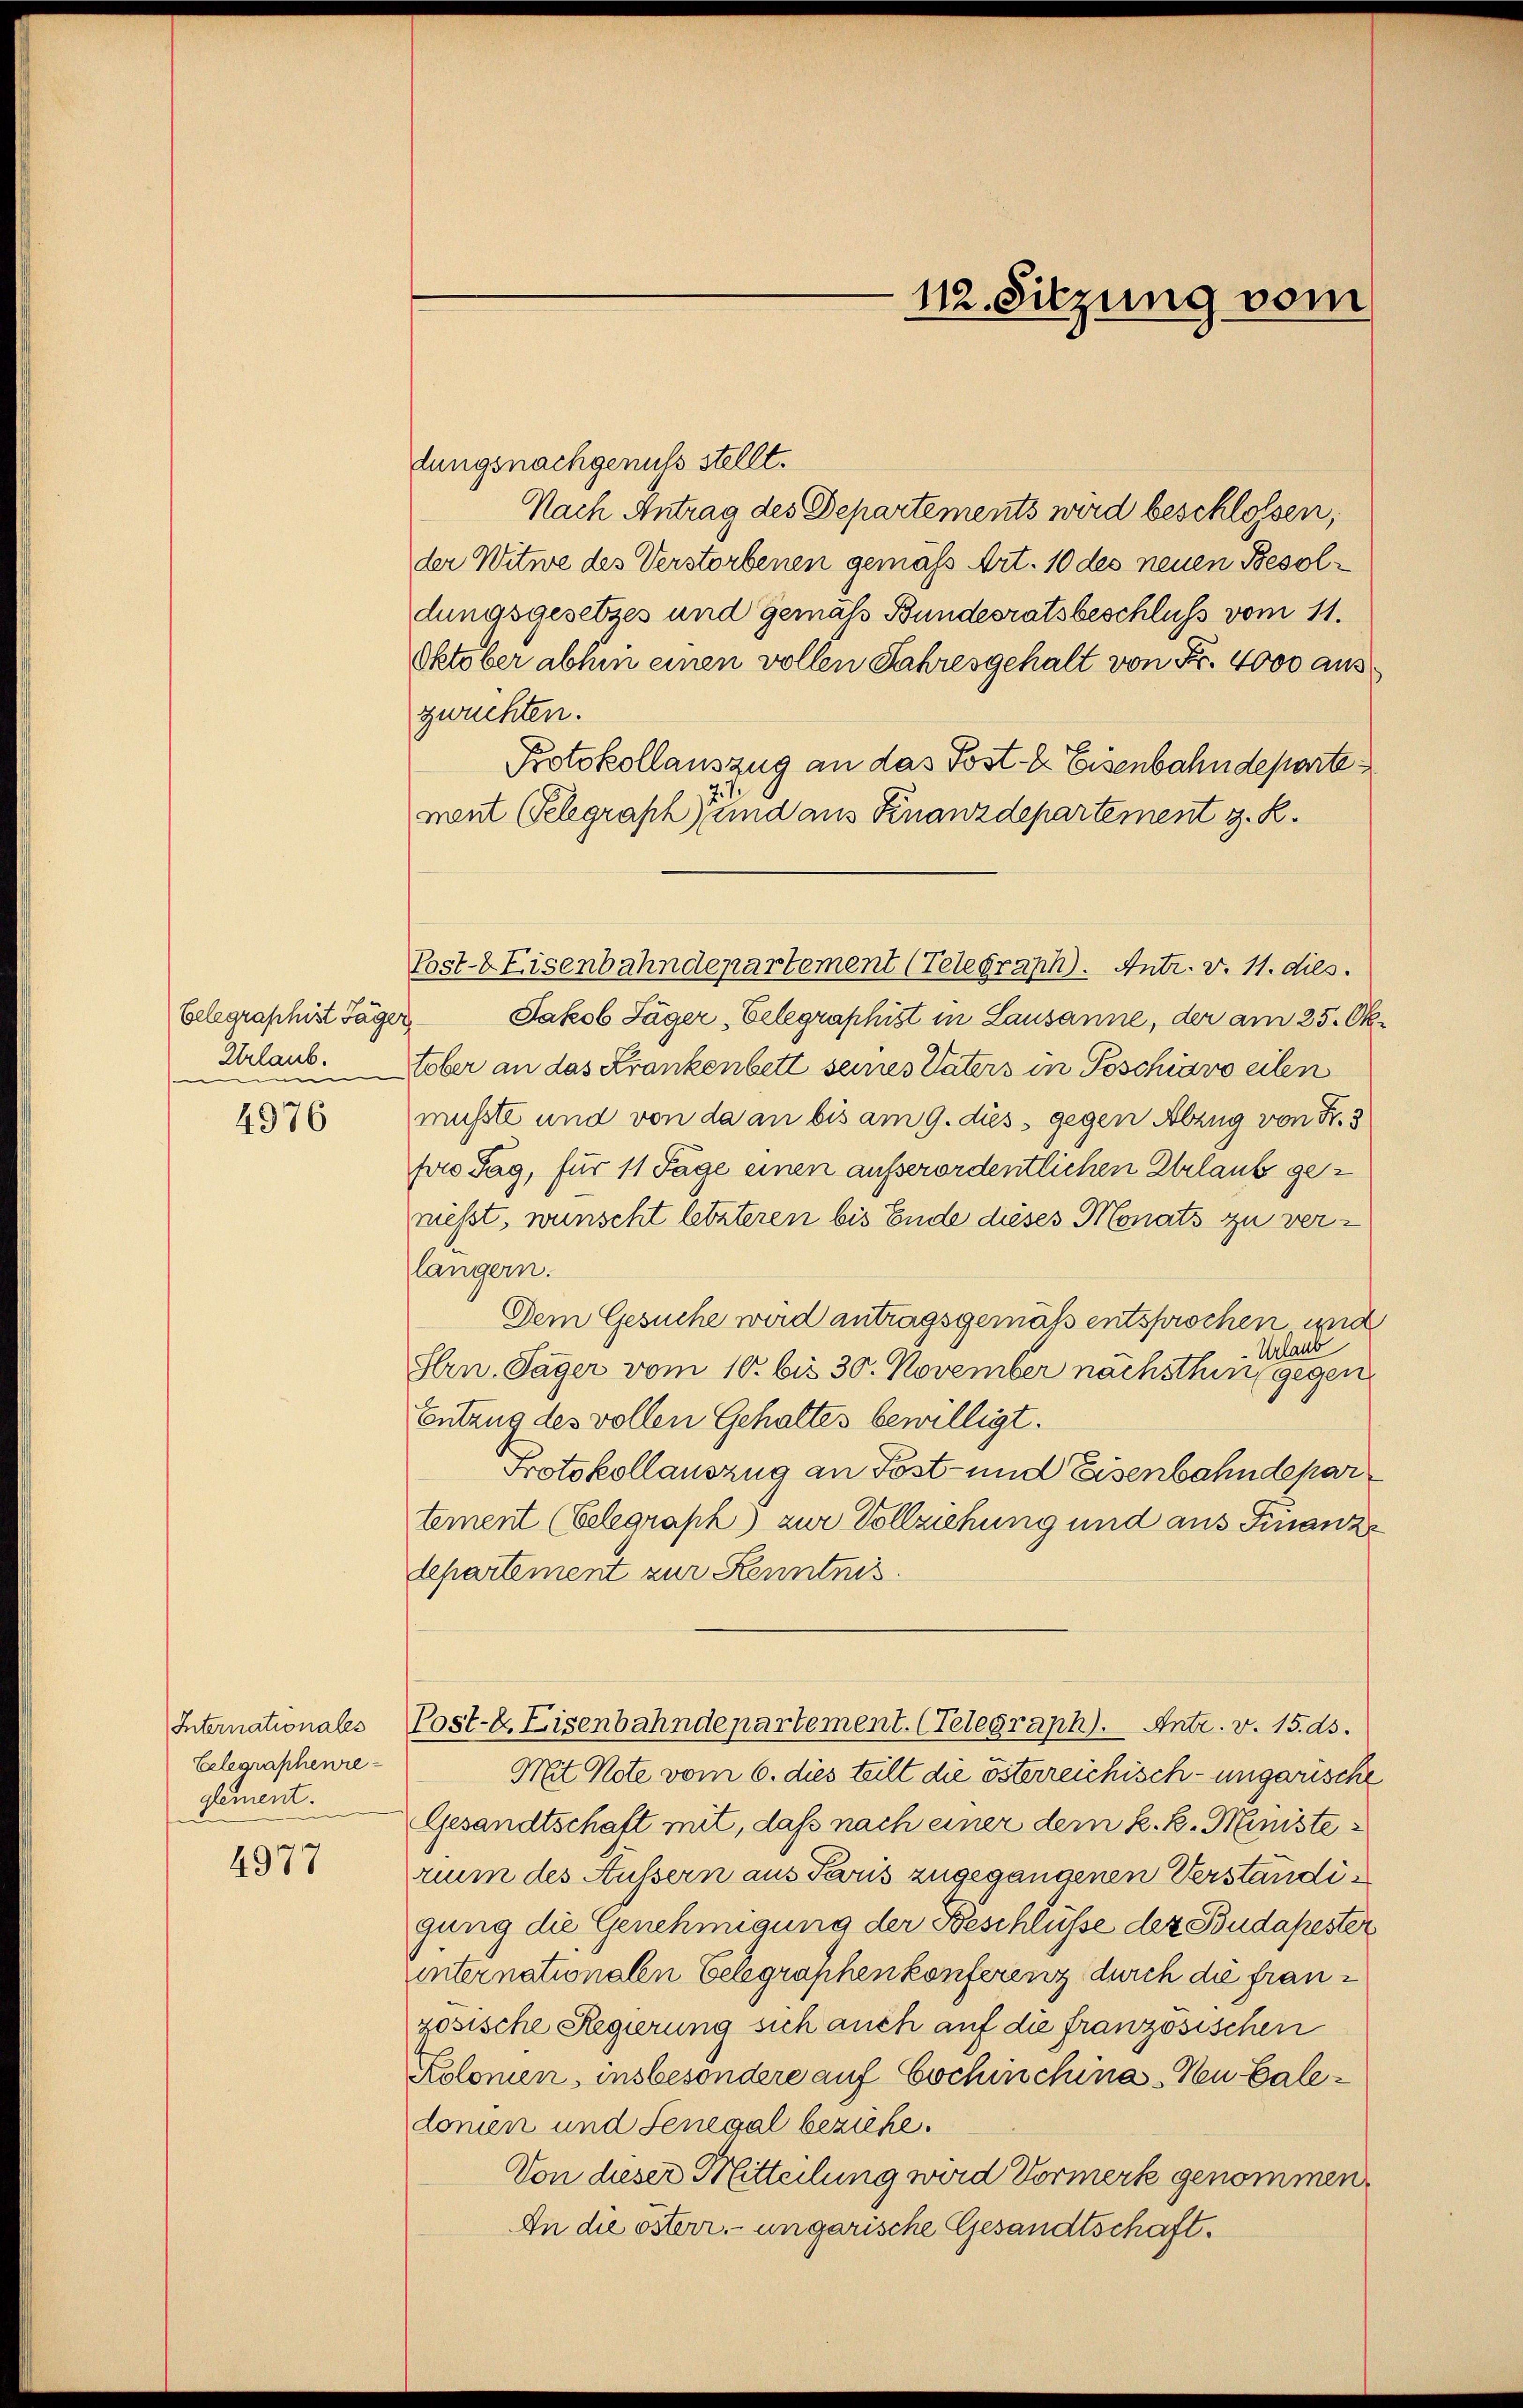
Telegraphist Täger

4976

Internationales
Belegraphenreglement.

4977

dungsnachgenuss stellt.
Nach Antrag des Departements wird beschlossen,
der Witwe des Verstorbenen gemäß Art. 10 des neuen Besoldungsgesetzes und gemäss Bundesratsbeschluss vom 11.
Oktober abhin einen vollen Jahresgehalt von Fr. 4000 aus
zwuchten.
Protokollauszug an das Post- & Eisenbahndeparte
ment Gelegraph und aus Finanzdepartement z. R.
Jakob Jäger, Gelegraphist in Lausanne, der am 25. Ok¬
Urlaub. Tober an das Frankenbett seines Vaters in Geschiavo eilen
musste und von da an bis am 9. dis gegen Abzug von Fr. 3
pro Tag, für 11 Tage einen ausserordentlichen Erlaub geniesst, wünscht letzteren bis Ende dieses Monats zu verlängern.
Dem Gesuche wird antragsgemäß entsprochen und
Urlaub
Hrn. Jäger vom 10. bis 30. November nächsthin gegen
Entzug des vollen Gehaltes bewilligt.
Protokollauszug an Post- und Eisenbahndepar
tement (Eelegraph) zur Vollziehung und aus Finanzdepartement zur Kenntnis
Post-k. Eisenbahndepartement. (Telegraph). Antr. v. 15. ds.
Mit Note vom 6. dies teilt die österreichisch-ungarische
Gesandtschaft mit, daß nach einer dem k. k. Ministerium des Äussern aus Paris zugegangenen Verständigung die Genehmigung der Beschlüsse der Budapester
internationalen Gelegraschen konferenz durch die französische Regierung sich auch auf die französischen
Kolonien, insbesondere auf Cochinchina - Neu Ealedonien und Senegal beziehe.
Von dieser Mitteilung wird Vormerk genommen,
An die österr. ungarische Gesandtschaft.

Post-Eisenbahndepartement (Telegraph. Antr. v. 11. dies.

112. Sitzung vom